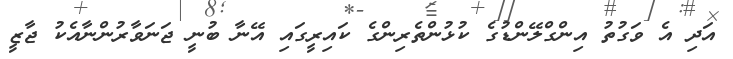
އަދި އެ ވަގުތު އިންގްލޭންޑުގެ ކުޅުންތެރިންގެ ކައިރީގައި އޭނާ ބުނީ ޖަނަވާރުންނާއެކު ޖާޒީ